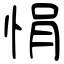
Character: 悁